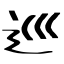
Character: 巡